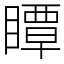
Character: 瞫